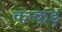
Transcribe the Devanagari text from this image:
कन्कड़